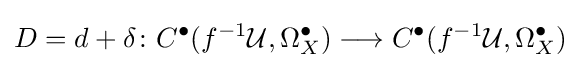
D=d+\delta \colon C^{\bullet }(f^{-1}{\mathcal {U}},\Omega _{X}^{\bullet })\longrightarrow C^{\bullet }(f^{-1}{\mathcal {U}},\Omega _{X}^{\bullet })